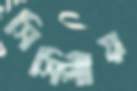
সিসিলীয়